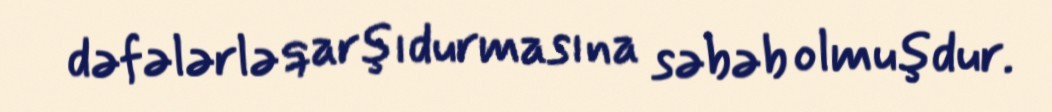
dəfələrlə qarşıdurmasına səbəb olmuşdur.